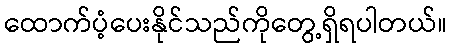
ထောက်ပံ့ပေးနိုင်သည်ကိုတွေ့ရှိရပါတယ်။